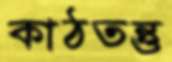
কাঠতন্তু